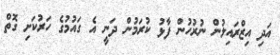
އަދި އިޒްރައިލުން ނުރުހުން ފާޅު ކުރަމުން ދަނީ އެ ގައުމުގެ ހަރުކަށި ގޮތް